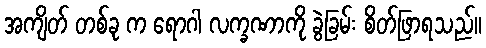
အကျိတ် တစ်ခု က ရောဂါ လက္ခဏာကို ခွဲခြမ်း စိတ်ဖြာရသည်။